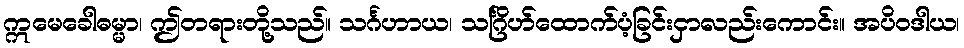
ဣမေခေါဓမ္မာ၊ ဤတရားတို့သည်။ သင်္ဂဟာယ၊ သင်္ဂြိဟ်ထောက်ပံ့ခြင်းငှာလည်းကောင်း။ အပိဝဒါယ၊